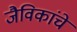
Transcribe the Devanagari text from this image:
जैविकांचे